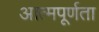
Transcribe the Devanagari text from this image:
आत्मपूर्णता